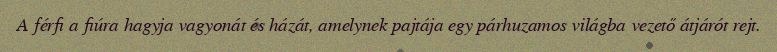
A férfi a fiúra hagyja vagyonát és házát, amelynek pajtája egy párhuzamos világba vezető átjárót rejt.